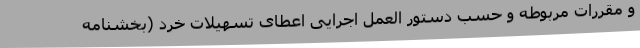
و مقررات مربوطه و حسب دستور العمل اجرایی اعطای تسهیلات خرد (بخشنامه